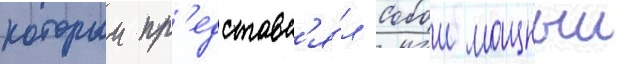
которыи пр'едставл'я́л собои мощныи